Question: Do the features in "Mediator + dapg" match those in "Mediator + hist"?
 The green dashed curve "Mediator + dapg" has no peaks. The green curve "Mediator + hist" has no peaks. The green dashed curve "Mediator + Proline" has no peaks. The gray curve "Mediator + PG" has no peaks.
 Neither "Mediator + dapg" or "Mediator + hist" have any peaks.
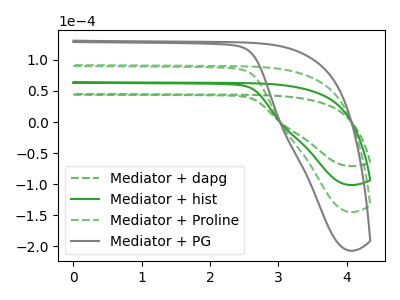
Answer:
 <answer>"Mediator + dapg" and "Mediator + hist" are similar in shape.</answer>
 <eval>same_shape</eval>